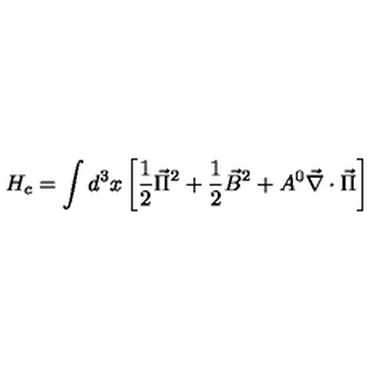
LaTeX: H _ { c } = \int d ^ { 3 } x \left[ \frac { 1 } { 2 } \vec { \Pi } ^ { 2 } + \frac { 1 } { 2 } \vec { B } ^ { 2 } + A ^ { 0 } \vec { \nabla } \cdot \vec { \Pi } \right]